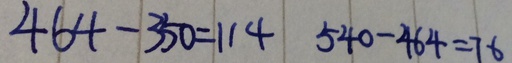
4 6 4 - 3 5 0 = 1 1 4 5 4 0 - 4 6 4 = 7 6